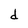
Character: d